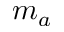
m _ { a }